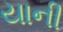
યાની